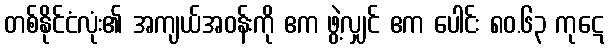
တစ်နိုင်ငံလုံး၏ အကျယ်အဝန်းကို ဧက ဖွဲ့လျှင် ဧက ပေါင်း ၈၀.၆၃ ကုဋေ